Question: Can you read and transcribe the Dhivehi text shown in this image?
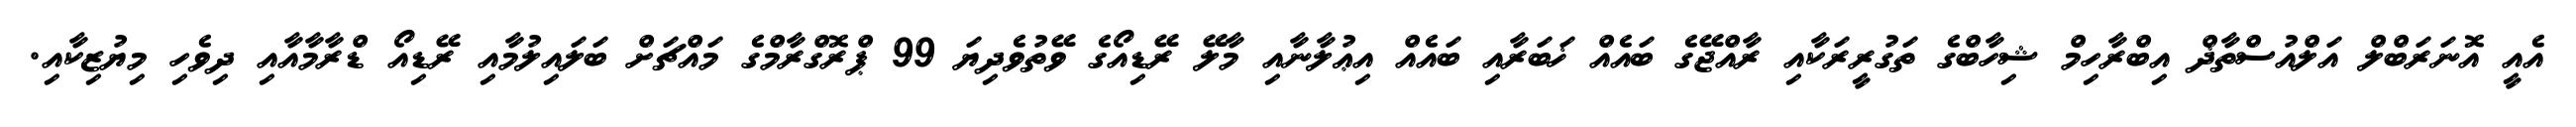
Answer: އެއީ އޮނަރަބްލް އަލްއުސްތާޛް އިބްރާހިމް ޝިހާބްގެ ތަގުރީރަކާއި ރާއްޖޭގެ ބައެއް ޚަބަރާއި ބައެއް އިޢުލާނާއި މާލޭ ރޭޑިއޯގެ ވޭތުވެދިޔަ 99 ޕްރޮގްރާމްގެ މައްޗަށް ބަލައިލުމާއި ރޭޑިއޯ ޑްރާމާއާއި ދިވެހި މިޔުޒިކާއި.